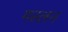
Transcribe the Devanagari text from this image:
मस्लन